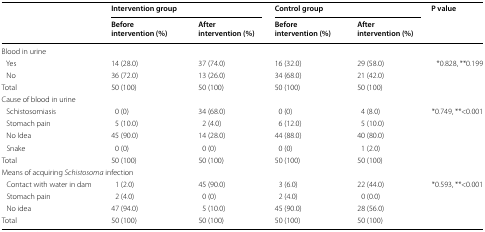
| <ROWSPAN=2>  | <COLSPAN=2> Intervention group | <COLSPAN=2> Control group | <ROWSPAN=2> P value |
 | Before intervention (%) | After intervention (%) | Before intervention (%) | After intervention (%) |
 | --- | --- | --- | --- | --- | --- |
 | <COLSPAN=6> Blood in urine |
 | Yes | 14 (28.0) | 37 (74.0) | 16 (32.0) | 29 (58.0) | *0.828, **0.199 |
 | No | 36 (72.0) | 13 (26.0) | 34 (68.0) | 21 (42.0) |  |
 | Total | 50 (100) | 50 (100) | 50 (100) | 50 (100) |  |
 | <COLSPAN=6> Cause of blood in urine |
 | Schistosomiasis | 0 (0) | 34 (68.0) | 0 (0) | 4 (8.0) | *0.749, **<0.001 |
 | Stomach pain | 5 (10.0) | 2 (4.0) | 6 (12.0) | 5 (10.0) |  |
 | No Idea | 45 (90.0) | 14 (28.0) | 44 (88.0) | 40 (80.0) |  |
 | Snake | 0 (0) | 0 (0) | 0 (0) | 1 (2.0) |  |
 | Total | 50 (100) | 50 (100) | 50 (100) | 50 (100) |  |
 | <COLSPAN=6> Means of acquiring Schistosoma infection |
 | Contact with water in dam | 1 (2.0) | 45 (90.0) | 3 (6.0) | 22 (44.0) | *0.593, **<0.001 |
 | Stomach pain | 2 (4.0) | 0 (0) | 2 (4.0) | 0 (0.0) |  |
 | No idea | 47 (94.0) | 5 (10.0) | 45 (90.0) | 28 (56.0) |  |
 | Total | 50 (100) | 50 (100) | 50 (100) | 50 (100) |  |